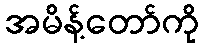
အမိန့်တော်ကို